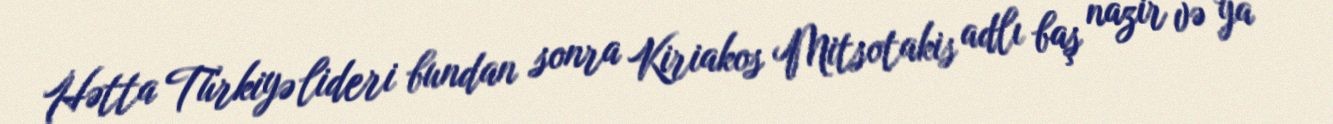
Hətta Türkiyə lideri bundan sonra Kiriakos Mitsotakis adlı baş nazir və ya